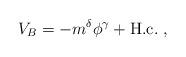
LaTeX: \begin{align*}V_B=- m^{\delta} \phi^{\gamma} + {\rm H.c.} \ ,\end{align*}